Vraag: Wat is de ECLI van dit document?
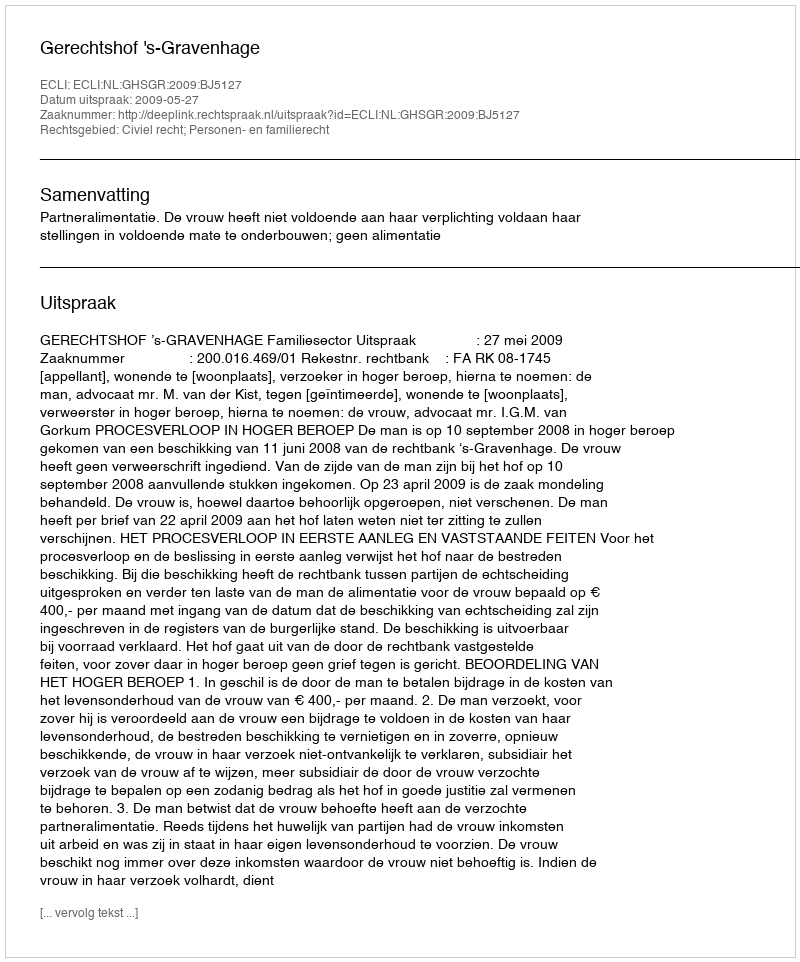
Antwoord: ECLI:NL:GHSGR:2009:BJ5127